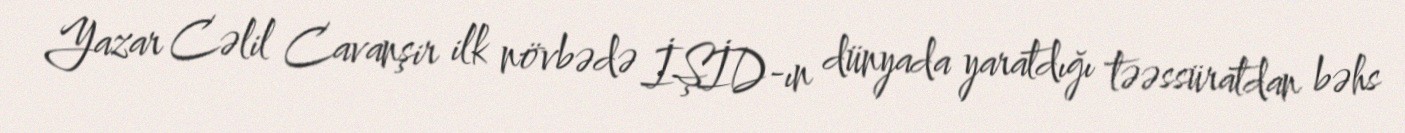
Yazar Cəlil Cavanşir ilk növbədə İŞİD-ın dünyada yaratdığı təəssüratdan bəhs